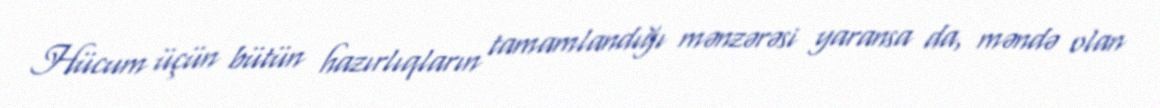
Hücum üçün bütün hazırlıqların tamamlandığı mənzərəsi yaransa da, məndə olan